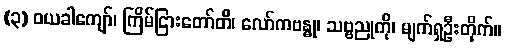
(၃) ဝယခါကျော်၊ ကြိမ်ငြားတော်တိ၊ လော်ကဗန္ဓု၊ သဗ္ဗညုကို၊ မျက်ရှဦးတိုက်။